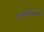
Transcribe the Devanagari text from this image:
कांप्लिकेशंस